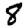
Digit: 8